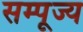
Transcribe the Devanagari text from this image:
सम्पूज्य